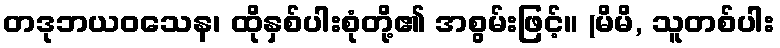
တဒုဘယဝသေန၊ ထိုနှစ်ပါးစုံတို့၏ အစွမ်းဖြင့်။ (မိမိ, သူတစ်ပါး